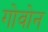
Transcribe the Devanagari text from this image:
गोवोन